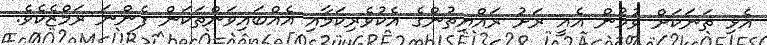
އެޅި ތަނަކަށް ވުމުން އެއީ ރަށު ރައްޔިތުންގެ އެކުވެރިކަމާއި އެއްބައިވަންތަކަން ފެންނަ ރަމްޒެކެވެ.